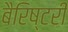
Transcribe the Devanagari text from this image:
बैरिष्टरी